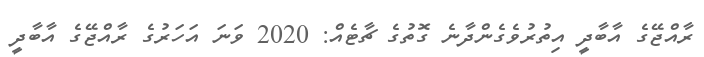
ރާއްޖޭގެ އާބާދީ އިތުރުވެގެންދާނެ ގޮތުގެ ޗާޓެއް: 2020 ވަނަ އަހަރުގެ ރާއްޖޭގެ އާބާދީ